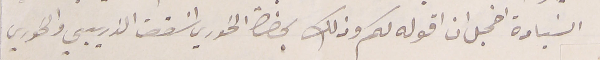
السَيادة اخجل ان اقوله لكم وذلك بحضرة الخوري اسَقف الذريبي والخوري